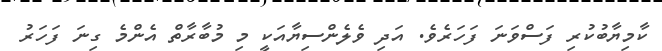
ކާމިޔާބުކުރި ފަސްވަނަ ފަހަރެވެ. އަދި ވެލެންސިޔާއަކީ މި މުބާރާތް އެންމެ ގިނަ ފަހަރު